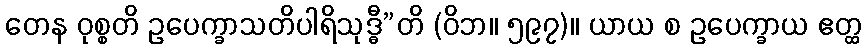
တေန ဝုစ္စတိ ဥပေက္ခာသတိပါရိသုဒ္ဓီ”တိ (ဝိဘ။ ၅၉၇)။ ယာယ စ ဥပေက္ခာယ ဧတ္ထ